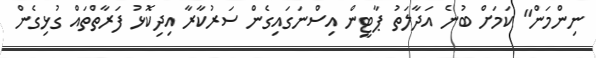
ނިންމަން" ކަމަށް ބުނެ އަދާލަތު ޕާޓީން އިސްނަގައިގެން ސަރުކާރާ އިދިކޮޅު ފަރާތްތައް ގުޅިގެން